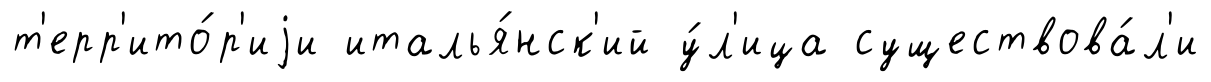
т'ерр'ито́р'иjи италья́нск'ий у́л'ица существова́л'и